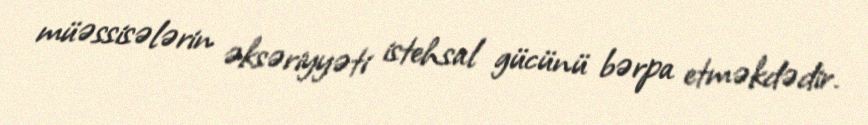
müəssisələrin əksəriyyəti istehsal gücünü bərpa etməkdədir.